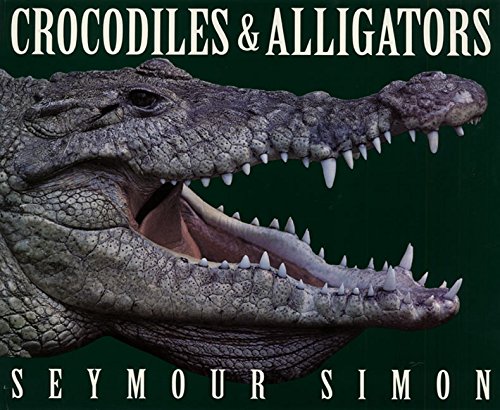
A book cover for Crocodiles & Alligators; Seymour Simon; Children's Books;